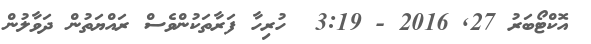
އޮކްޓޯބަރު 27